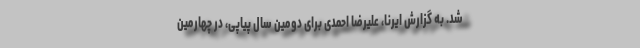
شد. به گزارش ایرنا، علیرضا احمدی برای دومین سال پیاپی، در چهارمین